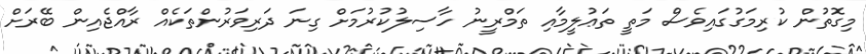
މިގޮތުން ކުރިމަގުގައިވެސް މަތީ ތަޢުލީމާއި ތަމްރީނު ހާސިލުކުރުމަށް ގިނަ ދަރިވަރުންތަކެެއް ރާއްޖެއިން ބޭރަށް